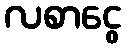
လစာငွေ